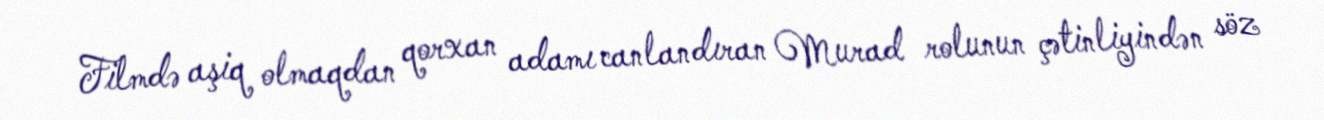
Filmdə aşiq olmaqdan qorxan adamı canlandıran Murad rolunun çətinliyindən söz